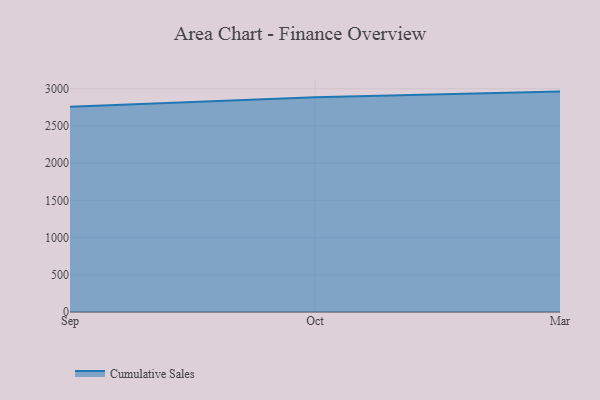
{"axis": {"x": "Month", "y": "Inventory Turnover"}, "legend": ["Cumulative Sales"], "data": [{"x": "Sep", "y": 2756.8, "type": "Cumulative Sales"}, {"x": "Oct", "y": 2884.9, "type": "Cumulative Sales"}, {"x": "Mar", "y": 2961.3, "type": "Cumulative Sales"}]}